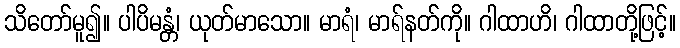
သိတော်မူ၍။ ပါပိမန္တံ၊ ယုတ်မာသော။ မာရံ၊ မာရ်နတ်ကို။ ဂါထာဟိ၊ ဂါထာတို့ဖြင့်။